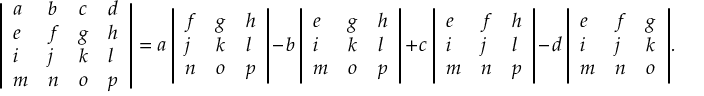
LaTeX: { \left| \begin{array} { l l l l } { a } & { b } & { c } & { d } \\ { e } & { f } & { g } & { h } \\ { i } & { j } & { k } & { l } \\ { m } & { n } & { o } & { p } \end{array} \right| } = a \, { \left| \begin{array} { l l l } { f } & { g } & { h } \\ { j } & { k } & { l } \\ { n } & { o } & { p } \end{array} \right| } - b \, { \left| \begin{array} { l l l } { e } & { g } & { h } \\ { i } & { k } & { l } \\ { m } & { o } & { p } \end{array} \right| } + c \, { \left| \begin{array} { l l l } { e } & { f } & { h } \\ { i } & { j } & { l } \\ { m } & { n } & { p } \end{array} \right| } - d \, { \left| \begin{array} { l l l } { e } & { f } & { g } \\ { i } & { j } & { k } \\ { m } & { n } & { o } \end{array} \right| } .